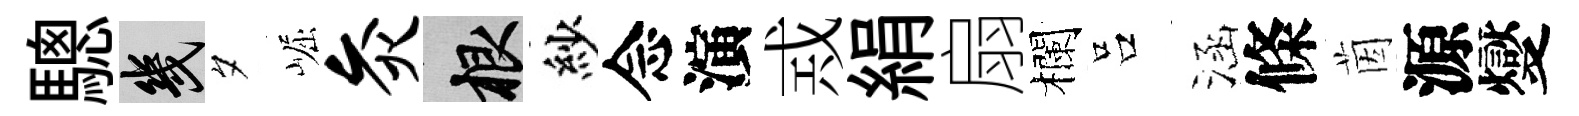
驄幾夕崛灸根紗念演𢦶絹扇欄吕涵條茵源燮